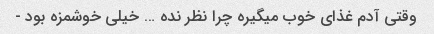
وقتی آدم غذای خوب میگیره چرا نظر نده … خیلی خوشمزه بود -